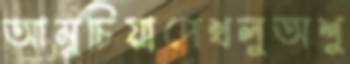
আমুচিয়াপেখলুঅশু